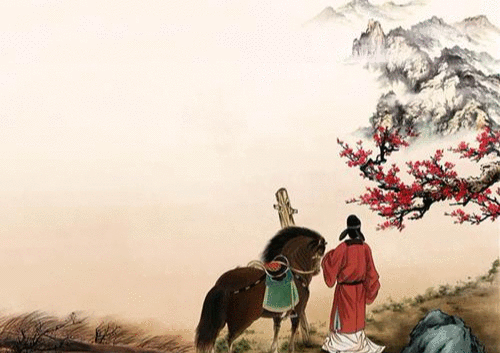
朽木不可雕也，粪土之墙不可圬也！